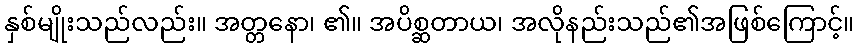
နှစ်မျိုးသည်လည်း။ အတ္တနော၊ ၏။ အပိစ္ဆတာယ၊ အလိုနည်းသည်၏အဖြစ်ကြောင့်။